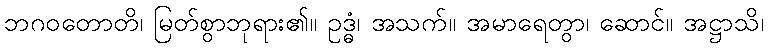
ဘဂဝတောတိ၊ မြတ်စွာဘုရား၏။ ဥဒ္ဓံ၊ အသက်။ အမာရေတွာ၊ ဆောင်။ အဋ္ဌာသိ၊